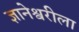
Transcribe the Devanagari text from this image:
ज्ञानेश्वरीला